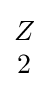
{\begin{matrix}Z\\2\end{matrix}}